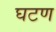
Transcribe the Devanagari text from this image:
घटण